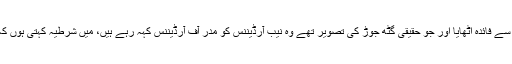
معاون خصوصی کا کہنا تھا کہ جنہوں نے نیب سے فائدہ اٹھایا اور جو حقیقی گٹھ جوڑ کی تصویر تھے وہ نیب آرڈیننس کو مدر آف آرڈیننس کہہ رہے ہیں، میں شرطیہ کہتی ہوں کہ انہوں نے نیب ترمیمی آرڈیننس پڑھا تک نہیں۔